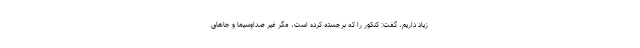
زیاد داریم، گفت: کنکور را که برجسته کرده است، مگر غیر صداوسیما و جاهای